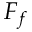
F _ { f }